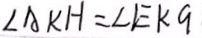
\angle A K H = \angle E K G